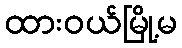
ထားဝယ်မြို့မ